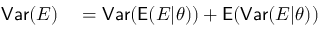
\begin{array} { r l } { \mathsf { V a r } ( E ) } & { { } = \mathsf { V a r } ( \mathsf E ( E | \theta ) ) + \mathsf E ( \mathsf { V a r } ( E | \theta ) ) } \end{array}